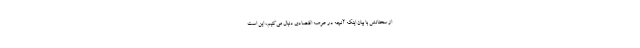
از سخنانش با بیان اینکه آنچه در عرصه اقتصادی دنبال می‌کنیم، این است